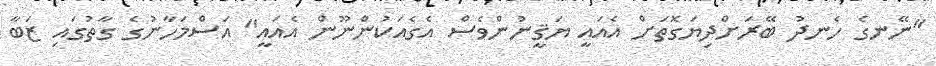
"ނޭނގެ ހެނދު ބޭރަށްދިޔަގޮތަށް އެއައީ ޔަޤީނުންވެސް އެގެއަކުންނޫން އެއައީ" އަސްމަހާނުގެ ގާތުގައި ޒަބާ